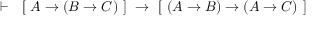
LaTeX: \vdash \ \ \left[ \ A \rightarrow \left( B \rightarrow C \right) \ \right] \ \rightarrow \ \left[ \ \left( A \rightarrow B \right) \rightarrow \left( A \rightarrow C \right) \ \right]